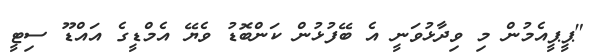
"ޕީޕީއެމުން މި ވިދާޅުވަނީ އެ ބޭފުޅުން ކަންބޮޑު ވެޔޭ އެމްޑީީގެ އައްޑޫ ސިޓީ